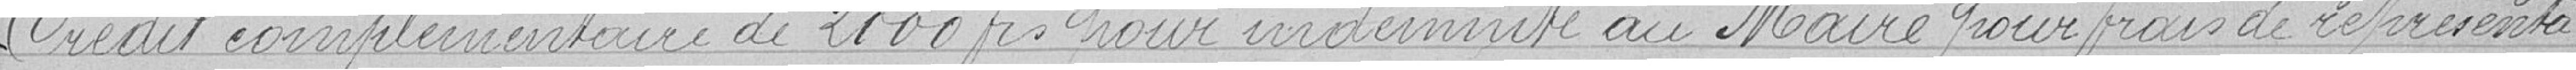
Crédit complémentaire de 2000 francs pour indemnité au Maire pour frais de représenta